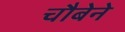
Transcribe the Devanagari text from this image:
चौबेने